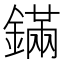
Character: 鏋